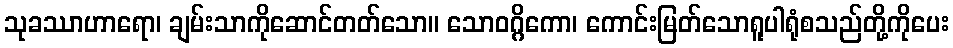
သုခဿာဟာရော၊ ချမ်းသာကိုဆောင်တတ်သော။ သောဝဂ္ဂိကော၊ ကောင်းမြတ်သောရူပါရုံစသည်တို့ကိုပေး